Document type: Anniversary endowment
Year: 1486
Scribe: Bartomeu Masons
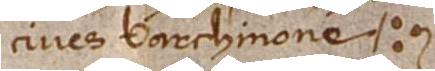
cives Barchinone.